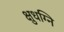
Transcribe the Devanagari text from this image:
क्षुधग्नि